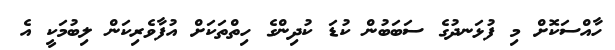
ހާއްސަކޮށް މި ފުޅަނދުގެ ސަބަބުން ކުޑަ ކުދިންގެ ހިތްތަކަށް އުފާވެރިކަން ލިބުމަކީ އެ